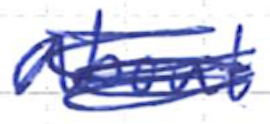
Text: about
Cross-out: scratch
Writing tool: ballpoint